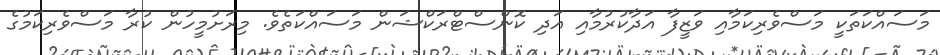
މަސައްކަތަކީ މަސްވެރިކަމާއި ވަޒީފާ އަދާކުރުމާއި އަދި ކޮންސްޓްރަކްޝަން މަސައްކަތެވެ. މިރަށުމީހުން ކުރާ މަސްވެރިކަމުގެ